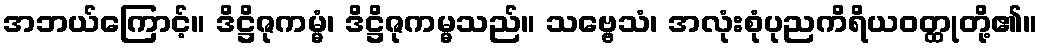
အဘယ်ကြောင့်။ ဒိဋ္ဌိဇုကမ္မံ၊ ဒိဋ္ဌိဇုကမ္မသည်။ သဗ္ဗေသံ၊ အလုံးစုံပုညကိရိယဝတ္ထုတို့၏။